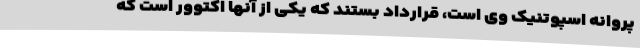
پروانه اسپوتنیک وی است، قرارداد بستند که یکی از آنها اکتوور است که